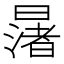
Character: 𪱅